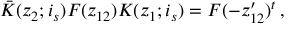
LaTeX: \bar { K } ( z _ { 2 } ; i _ { s } ) F ( z _ { 1 2 } ) K ( z _ { 1 } ; i _ { s } ) = F ( - z _ { 1 2 } ^ { \prime } ) ^ { t } \, ,